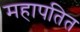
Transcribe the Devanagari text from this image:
महापतित